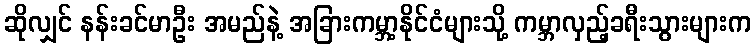
ဆိုလျှင် နန်းခင်မာဦး အမည်နဲ့ အခြားကမ္ဘာ့နိုင်ငံများသို့ ကမ္ဘာလှည့်ခရီးသွားများက